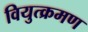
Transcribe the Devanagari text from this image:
वियुत्क्रमण